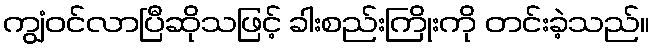
ကျွံဝင်လာပြီဆိုသဖြင့် ခါးစည်းကြိုးကို တင်းခဲ့သည်။